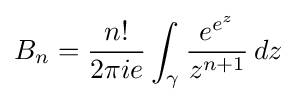
B_{n}={\frac {n!}{2\pi ie}}\int _{\gamma }{\frac {e^{e^{z}}}{z^{n+1}}}\,dz